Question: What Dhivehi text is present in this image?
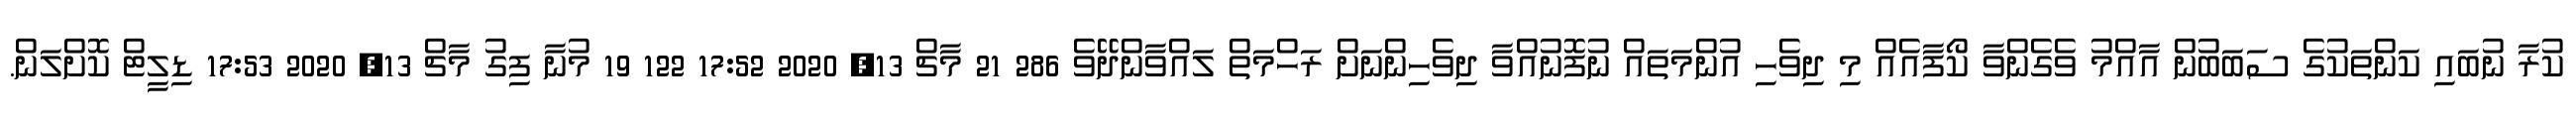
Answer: ކުރާ ނުބައި ކަންތަކުގެ ސަބަބުން އާއްމު ވެގެންވާ ކޯފާއެއް މި ދިވެހި އުންމަތައް ނުފޮނުއްވާ ދިވެހިންނަށް ރަހްމަތް ލައްވާންދޭވެ 286 21 މާޗް 13, 2020 17:52 122 19 މުނާ ފިގު މާޗް 13, 2020 17:53 ޑިލީޓް ކޮށްލަން.